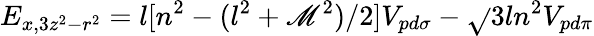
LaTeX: E_{x,3z^{2}-r^{2}}=l[n^{2}-(l^{2}+\mathscr{M}^{2})/2]V_{pd\sigma}-{\sqrt{}{{3}}}ln^{2}V_{pd\pi}